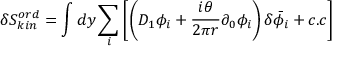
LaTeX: \delta S _ { k i n } ^ { o r d } = \int d y \sum _ { i } \left[ \left( D _ { 1 } \phi _ { i } + \frac { i \theta } { 2 \pi r } \partial _ { 0 } \phi _ { i } \right) \delta { \bar { \phi } _ { i } } + c . c \right]